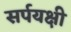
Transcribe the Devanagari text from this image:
सर्पयक्षी